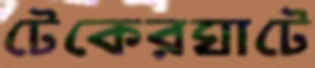
টেকেরঘাটে